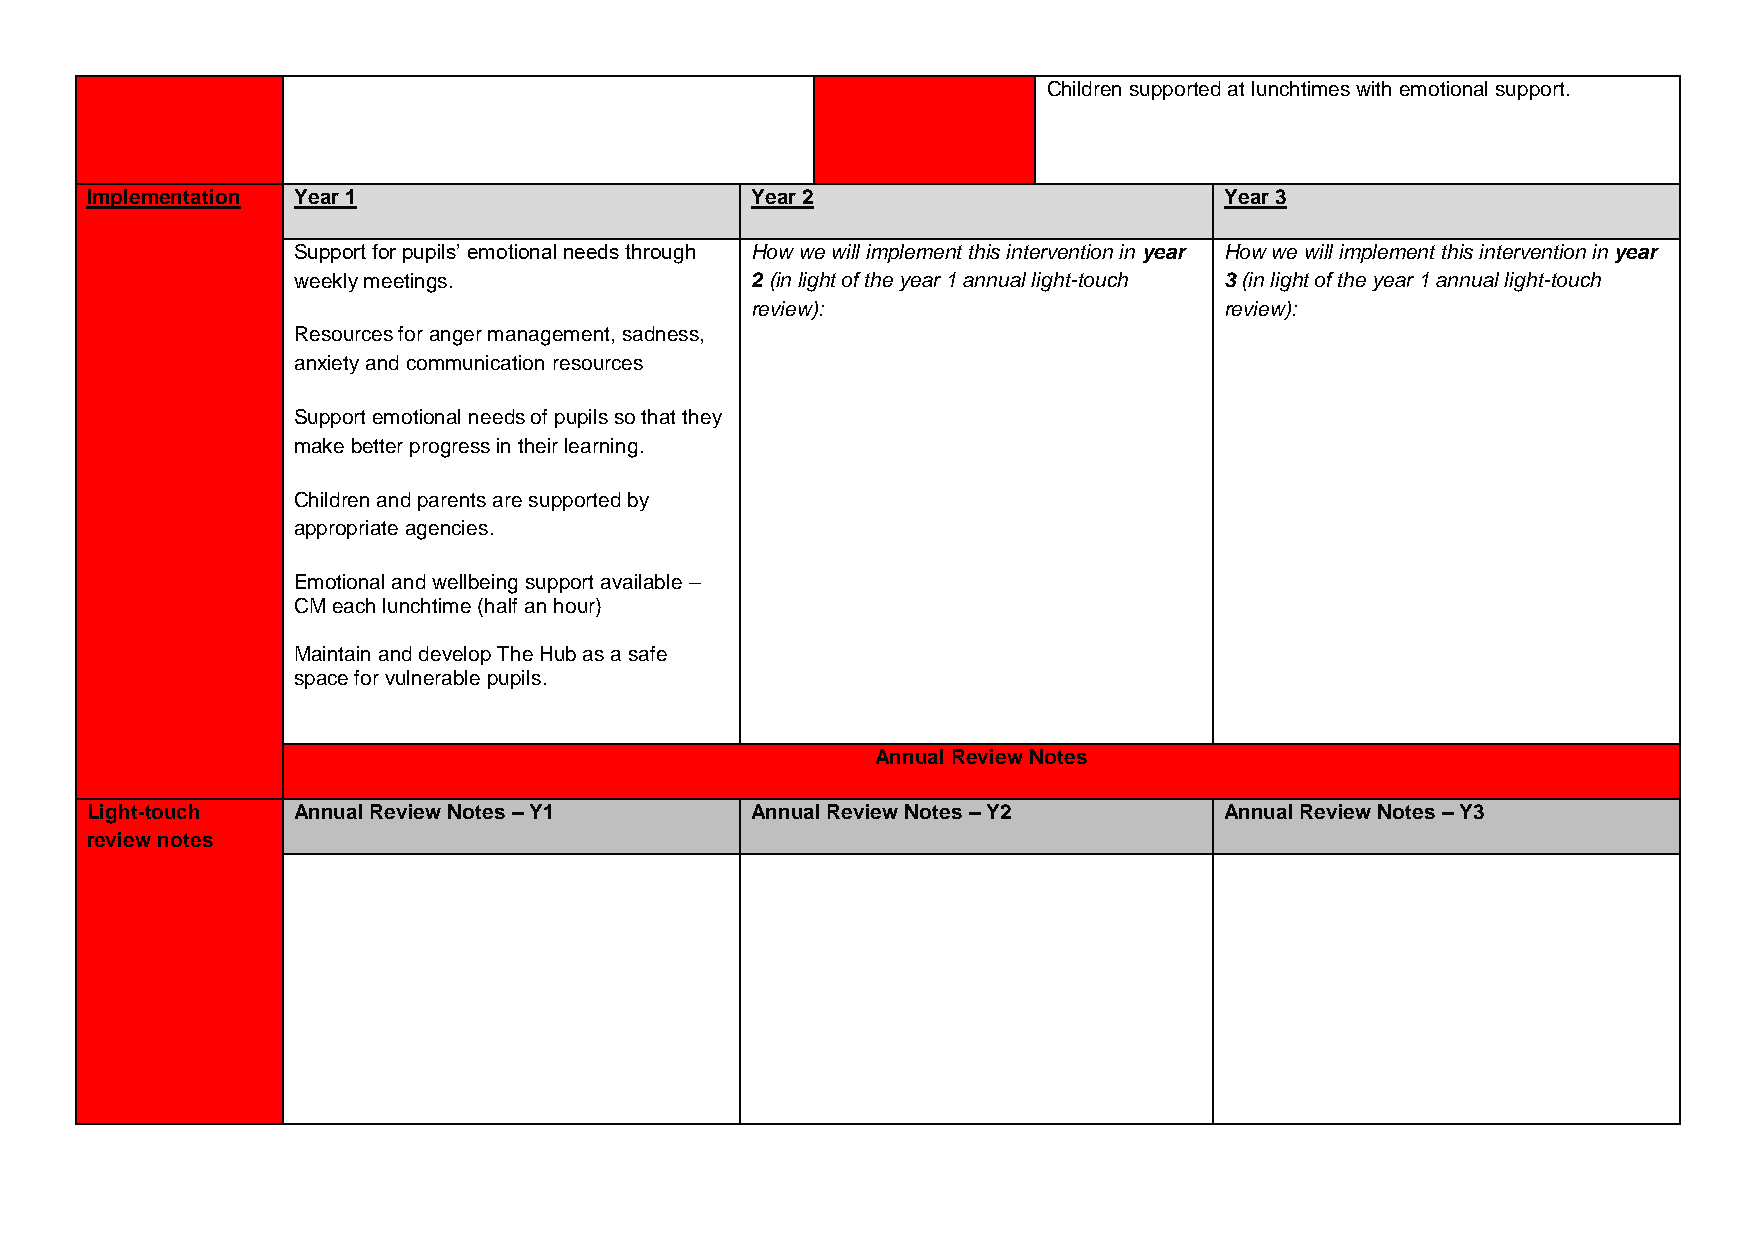
Children supported at lunchtimes with emotional support.
 Implementation Year 1                       Year 2                         Year 3
 Support for pupils’ emotional needs through How we will implement this intervention in year How we will implement this intervention in year
 weekly meetings.               2 (in light of the year 1 annual light-touch 3 (in light of the year 1 annual light-touch
 review):                       review):
 Resources for anger management, sadness,
 anxiety and communication resources
 Support emotional needs of pupils so that they
 make better progress in their learning.
 Children and parents are supported by
 appropriate agencies.
 Emotional and wellbeing support available –
 CM each lunchtime (half an hour)
 Maintain and develop The Hub as a safe
 space for vulnerable pupils.
 Annual Review Notes
 Light-touch  Annual Review Notes – Y1       Annual Review Notes – Y2       Annual Review Notes – Y3
 review notes